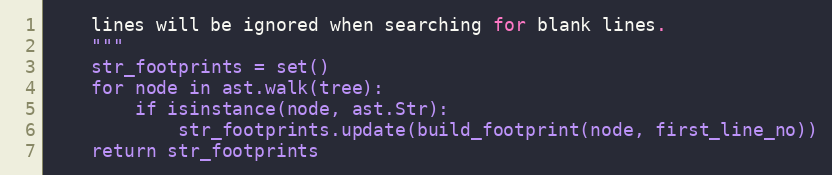
Language: Python
    lines will be ignored when searching for blank lines.
    """
    str_footprints = set()
    for node in ast.walk(tree):
        if isinstance(node, ast.Str):
            str_footprints.update(build_footprint(node, first_line_no))
    return str_footprints